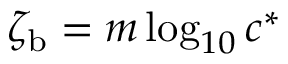
{ \zeta _ { \mathrm { b } } } = { m } \log _ { 1 0 } { { c } ^ { * } }